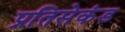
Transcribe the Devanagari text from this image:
प्रतिसेकंड